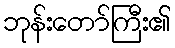
ဘုန်းတော်ကြီး၏